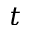
t